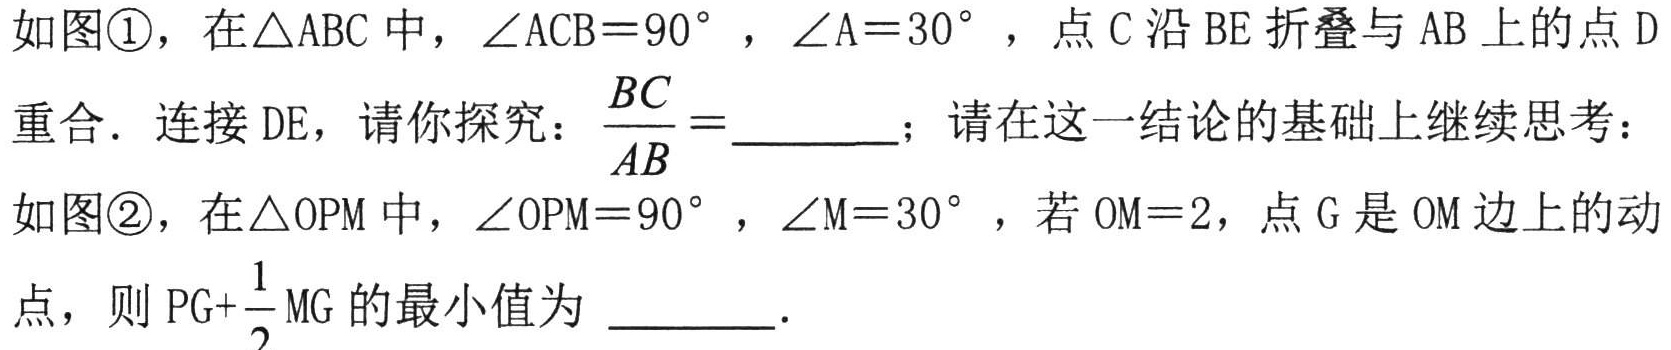
如图\textcircled{1}，在\(\triangle ABC\)中，\(\angle ACB = 90^{\circ}\)，\(\angle A = 30^{\circ}\)，点\(C\)沿\(BE\)折叠与\(AB\)上的点\(D\)重合．连接\(DE\)，请你探究：\(\frac{BC}{AB}=\underline{\quad\quad}\)；请在这一结论的基础上继续思考：如图\textcircled{2}，在\(\triangle OPM\)中，\(\angle OPM = 90^{\circ}\)，\(\angle M = 30^{\circ}\)，若\(OM = 2\)，点\(G\)是\(OM\)边上的动点，则\(PG+\frac{1}{2}MG\)的最小值为 \(\underline{\quad\quad}\)．